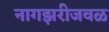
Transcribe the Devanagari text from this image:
नागझरीजवळ